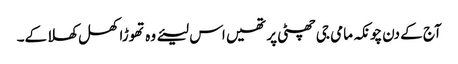
آج کے دن چونکہ مامی جی چھٹی پر تھیں اس لیئے وہ تھوڑا کھل کھلا کے۔